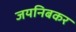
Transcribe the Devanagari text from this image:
जयनिबकर